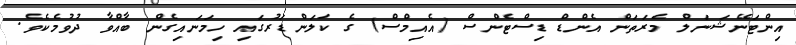
އިންޓަނޭޝަނަލް މެރަތަން އެންޑް ޑިސްޓެންސް (އެއިމްސް) ގެ ކަލަންޑަރުގައި ހިމަނައިގެން ބާއްވާ ދުވުމެކެވެ.